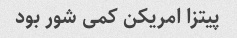
پیتزا امریکن کمی شور بود